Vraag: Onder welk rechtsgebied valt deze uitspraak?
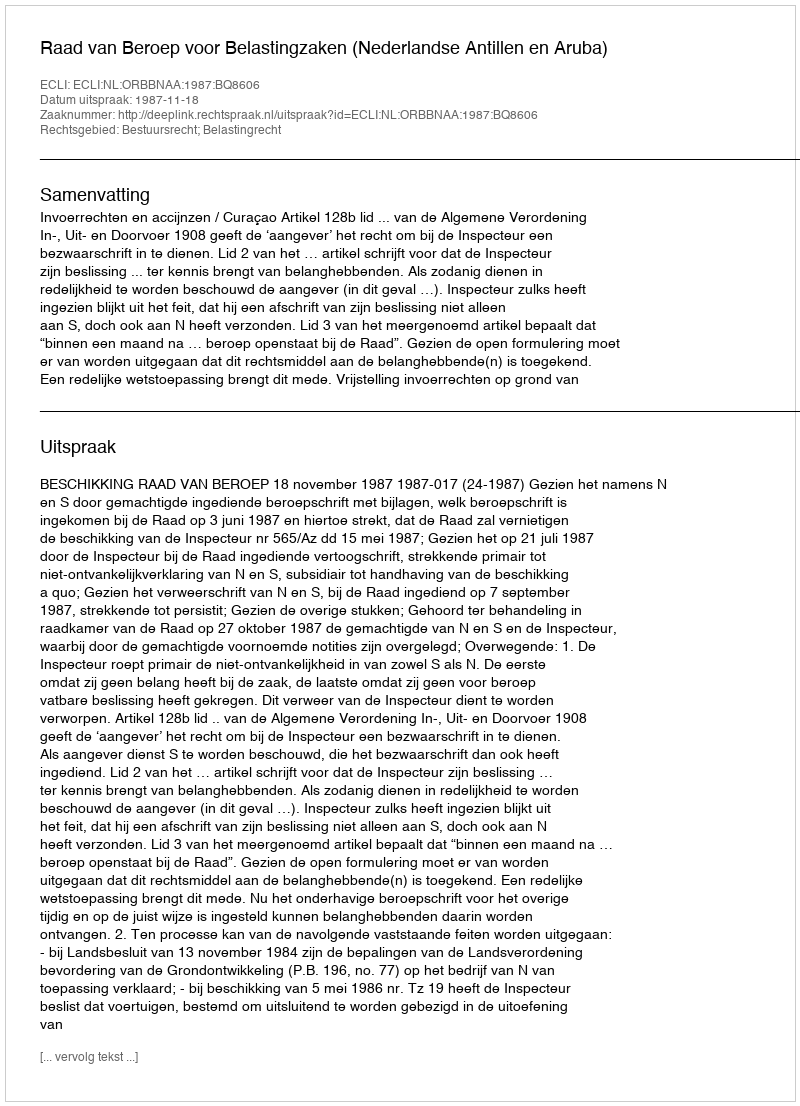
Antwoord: Bestuursrecht; Belastingrecht